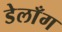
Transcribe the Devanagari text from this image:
डेलाँग